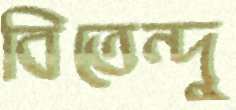
বিতেন্দু